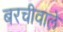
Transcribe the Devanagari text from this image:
बरचीवाले